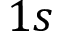
1 s